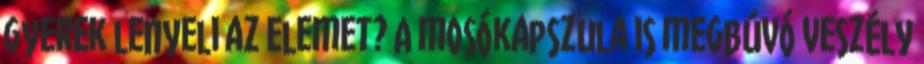
gyerek lenyeli az elemet? A mosókapszula is megbúvó veszély